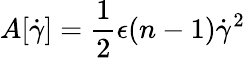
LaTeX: A[\dot{\gamma}]=\frac{1}{2}\epsilon(n-1)\dot{\gamma}^{2}